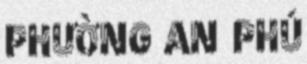
PHƯỜNG AN PHÚ